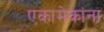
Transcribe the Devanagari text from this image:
एकामेकांना